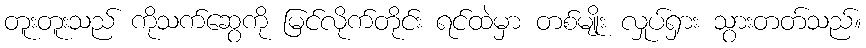
တူးတူးသည် ကိုသက်ဆွေကို မြင်လိုက်တိုင်း ရင်ထဲမှာ တစ်မျိုး လှုပ်ရှား သွားတတ်သည်။